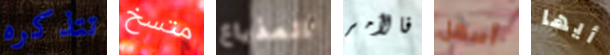
تتذكره متسخ المذياع فالأمر أسهل أيها